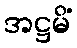
အဋ္ဌမိံ